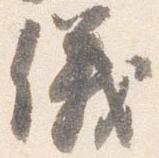
儀